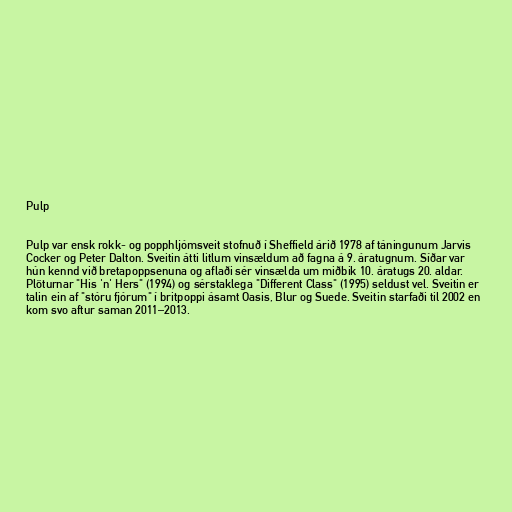
Pulp

Pulp var ensk rokk- og popphljómsveit stofnuð í Sheffield árið 1978 af táningunum Jarvis
Cocker og Peter Dalton. Sveitin átti litlum vinsældum að fagna á 9. áratugnum. Síðar var
hún kennd við bretapoppsenuna og aflaði sér vinsælda um miðbik 10. áratugs 20. aldar.
Plöturnar "His 'n' Hers" (1994) og sérstaklega "Different Class" (1995) seldust vel. Sveitin er
talin ein af "stóru fjórum" í britpoppi ásamt Oasis, Blur og Suede. Sveitin starfaði til 2002 en
kom svo aftur saman 2011–2013.